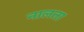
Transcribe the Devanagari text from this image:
नालता